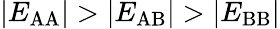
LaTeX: \lvert E_{\mathrm{AA}}\rvert>\lvert E_{\mathrm{AB}}\rvert>\lvert E_{\mathrm{BB}}\rvert